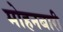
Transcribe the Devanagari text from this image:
मोहनबारी